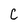
Character: C